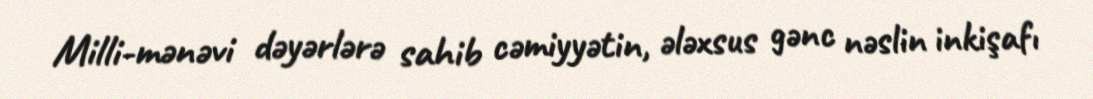
Milli-mənəvi dəyərlərə sahib cəmiyyətin, ələxsus gənc nəslin inkişafı